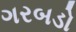
ગરબડો